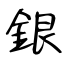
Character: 銀